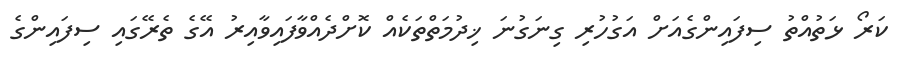
ކަރޯ ޅަތުއްތު ސިފައިންގެއަށް އަގުހުރި ގިނަގުނަ ޚިދުމަތްތަކެއް ކޮށްދެއްވާފައިވާއިރު އޭގެ ތެރޭގައި ސިފައިންގެ